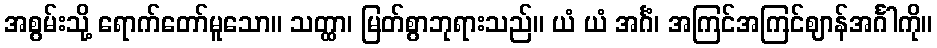
အစွမ်းသို့ ရောက်တော်မူသော။ သတ္ထာ၊ မြတ်စွာဘုရားသည်။ ယံ ယံ အင်္ဂံ၊ အကြင်အကြင်ဈာန်အင်္ဂါကို။